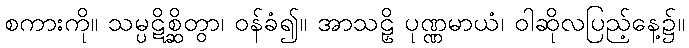
စကားကို။ သမ္ပဋိစ္ဆိတွာ၊ ဝန်ခံ၍။ အာသဠှိ ပုဏ္ဏမာယံ၊ ဝါဆိုလပြည့်နေ့၌။